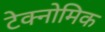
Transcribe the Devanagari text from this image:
टेक्नोमिक